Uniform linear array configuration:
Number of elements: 4
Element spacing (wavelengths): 0.75
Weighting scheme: blackman
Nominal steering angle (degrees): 15
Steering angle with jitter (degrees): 15.641
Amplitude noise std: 0.05
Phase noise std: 0.05

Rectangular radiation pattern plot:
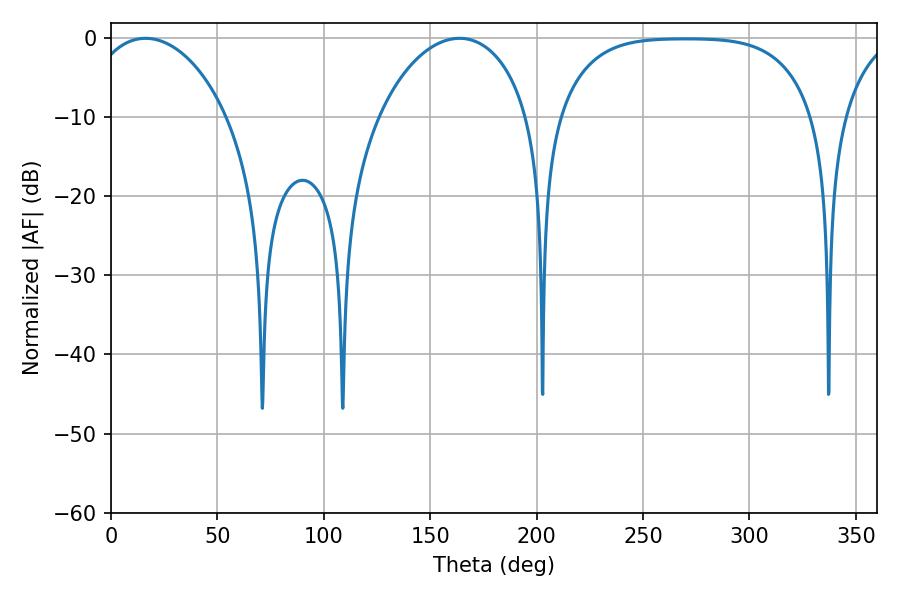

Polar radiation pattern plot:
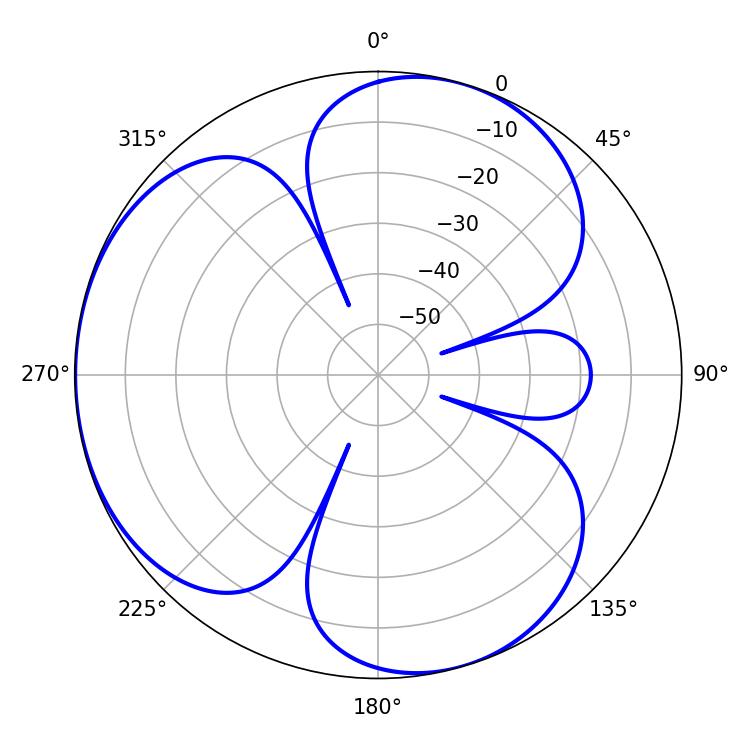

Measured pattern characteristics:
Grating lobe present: TRUE
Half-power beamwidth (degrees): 37.62
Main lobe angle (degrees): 16.2